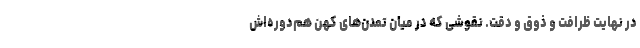
در نهایت ظرافت و ذوق و دقت. نقوشی که در میان تمدن‌های کهن هم‌دوره‌اش